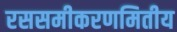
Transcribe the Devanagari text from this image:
रससमीकरणमितीय